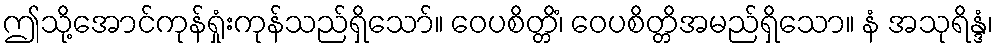
ဤသို့အောင်ကုန်ရှုံးကုန်သည်ရှိသော်။ ဝေပစိတ္တိံ၊ ဝေပစိတ္တိအမည်ရှိသော။ နံ အသုရိန္ဒံ၊